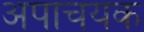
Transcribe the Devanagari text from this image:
अपाचयक